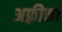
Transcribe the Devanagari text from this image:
अफ़्रीकां